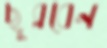
ছুব্‌লবেন